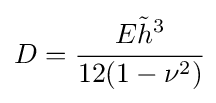
D={\cfrac {E{\tilde {h}}^{3}}{12(1-\nu ^{2})}}